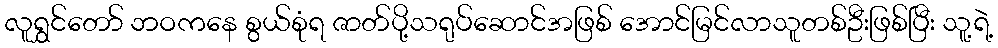
လူရွှင်တော် ဘဝကနေ စွယ်စုံရ ဇာတ်ပို့သရုပ်ဆောင်အဖြစ် အောင်မြင်လာသူတစ်ဦးဖြစ်ပြီး သူ့ရဲ့